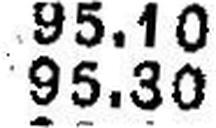
95.30